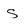
Character: s